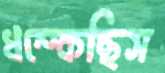
ধম্‌কেছিস